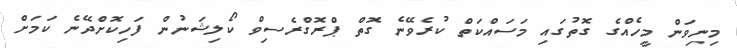
މިނިވަން މީހެއްގެ ގޮތުގައި މަސައްކަތް ކުރެވޭނެ ގޮތް ޕްރޮގްރެސިވް ކޯލިޝަނުން ފަހިކޮށްދޭނެ ކަމަށް